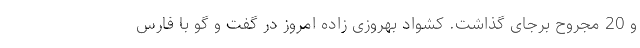
و 20 مجروح برجای گذاشت. کشواد بهروزی زاده امروز در گفت و گو با فارس